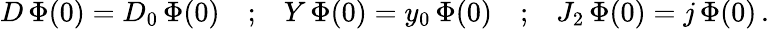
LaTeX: \begin{array}{ccccc}{{D\, \Phi(0)=D_{0}\, \Phi(0)}}&{{;}}&{{Y\, \Phi(0)=y_{0}\, \Phi(0)}}&{{;}}&{{J_{2}\, \Phi(0)=j\, \Phi(0)\, .}}\end{array}